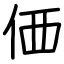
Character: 価